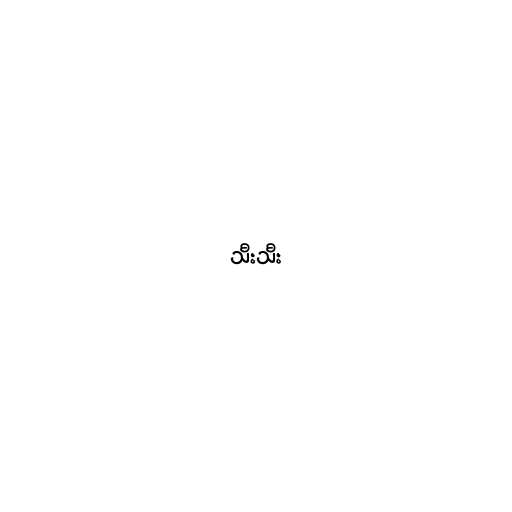
သီးသီး